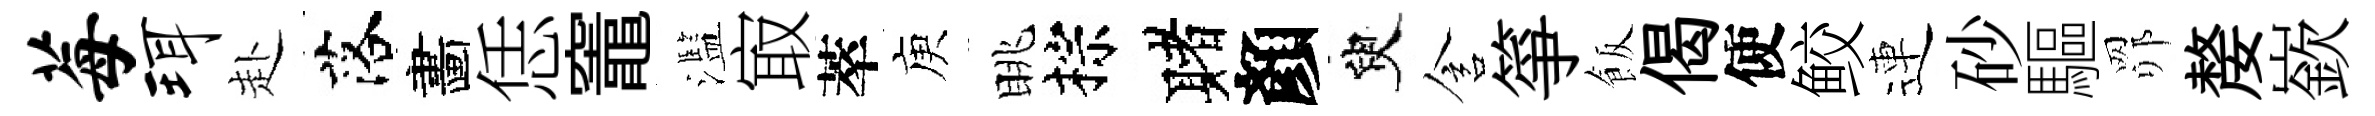
莓珥赴落畵恁竈濫㝡萃庾眺棕赌顏臾含箏飯偈使鲛連砂驅𦊑嫠嶔